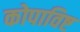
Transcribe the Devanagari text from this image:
कोपाविष्ट